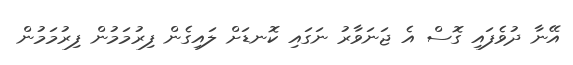
އޭނާ ދުވެފައި ގޮސް އެ ޖަނަވާރު ނަގައި ކޮނޑަށް ލައިގެން ފިރުމަމުން ފިރުމަމުން